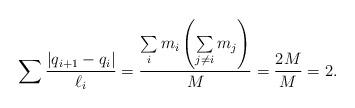
LaTeX: \begin{align*} \sum \frac{|q_{i+1}-q_{i}|}{\ell_i} =\frac{\sum \limits_i m_i\left(\sum \limits_{j\ne i} m_j\right)}{M}=\frac{2M}{M}=2.\end{align*}